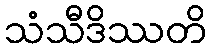
သံသီဒိဿတိ